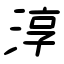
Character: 淳